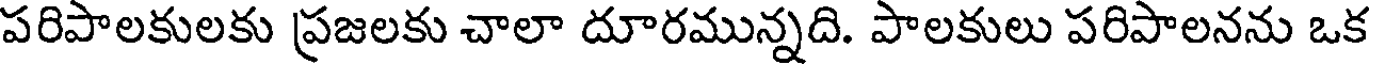
పరిపాలకులకు ప్రజలకు చాలా దూరమున్నది. పాలకులు పరిపాలనను ఒక